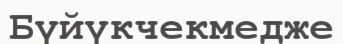
Бүйүкчекмедже